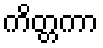
ကိတ္တကာ